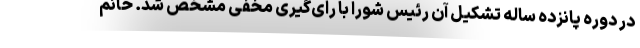
در دوره پانزده ساله تشکیل آن رئیس شورا با رای‌گیری مخفی مشخص شد. خانم